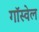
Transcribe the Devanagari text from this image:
गॉस्वेल